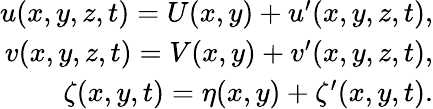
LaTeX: \begin{array}{r}{u(x,y,z,t)=U(x,y)+u^{\prime}(x,y,z,t),}\\ {v(x,y,z,t)=V(x,y)+v^{\prime}(x,y,z,t),}\\ {\zeta(x,y,t)=\eta(x,y)+\zeta^{\prime}(x,y,t).}\end{array}